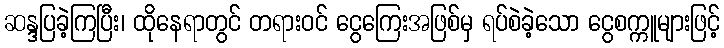
ဆန္ဒပြခဲ့ကြပြီး၊ ထိုနေရာတွင် တရားဝင် ငွေကြေးအဖြစ်မှ ရပ်စဲခဲ့သော ငွေစက္ကူများဖြင့်